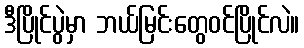
ဒီပြိုင်ပွဲမှာ ဘယ်မြင်းတွေဝင်ပြိုင်လဲ။